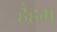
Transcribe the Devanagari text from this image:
हैहम